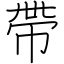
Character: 帶